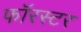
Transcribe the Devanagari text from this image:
फॉरस्टर